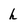
Character: h